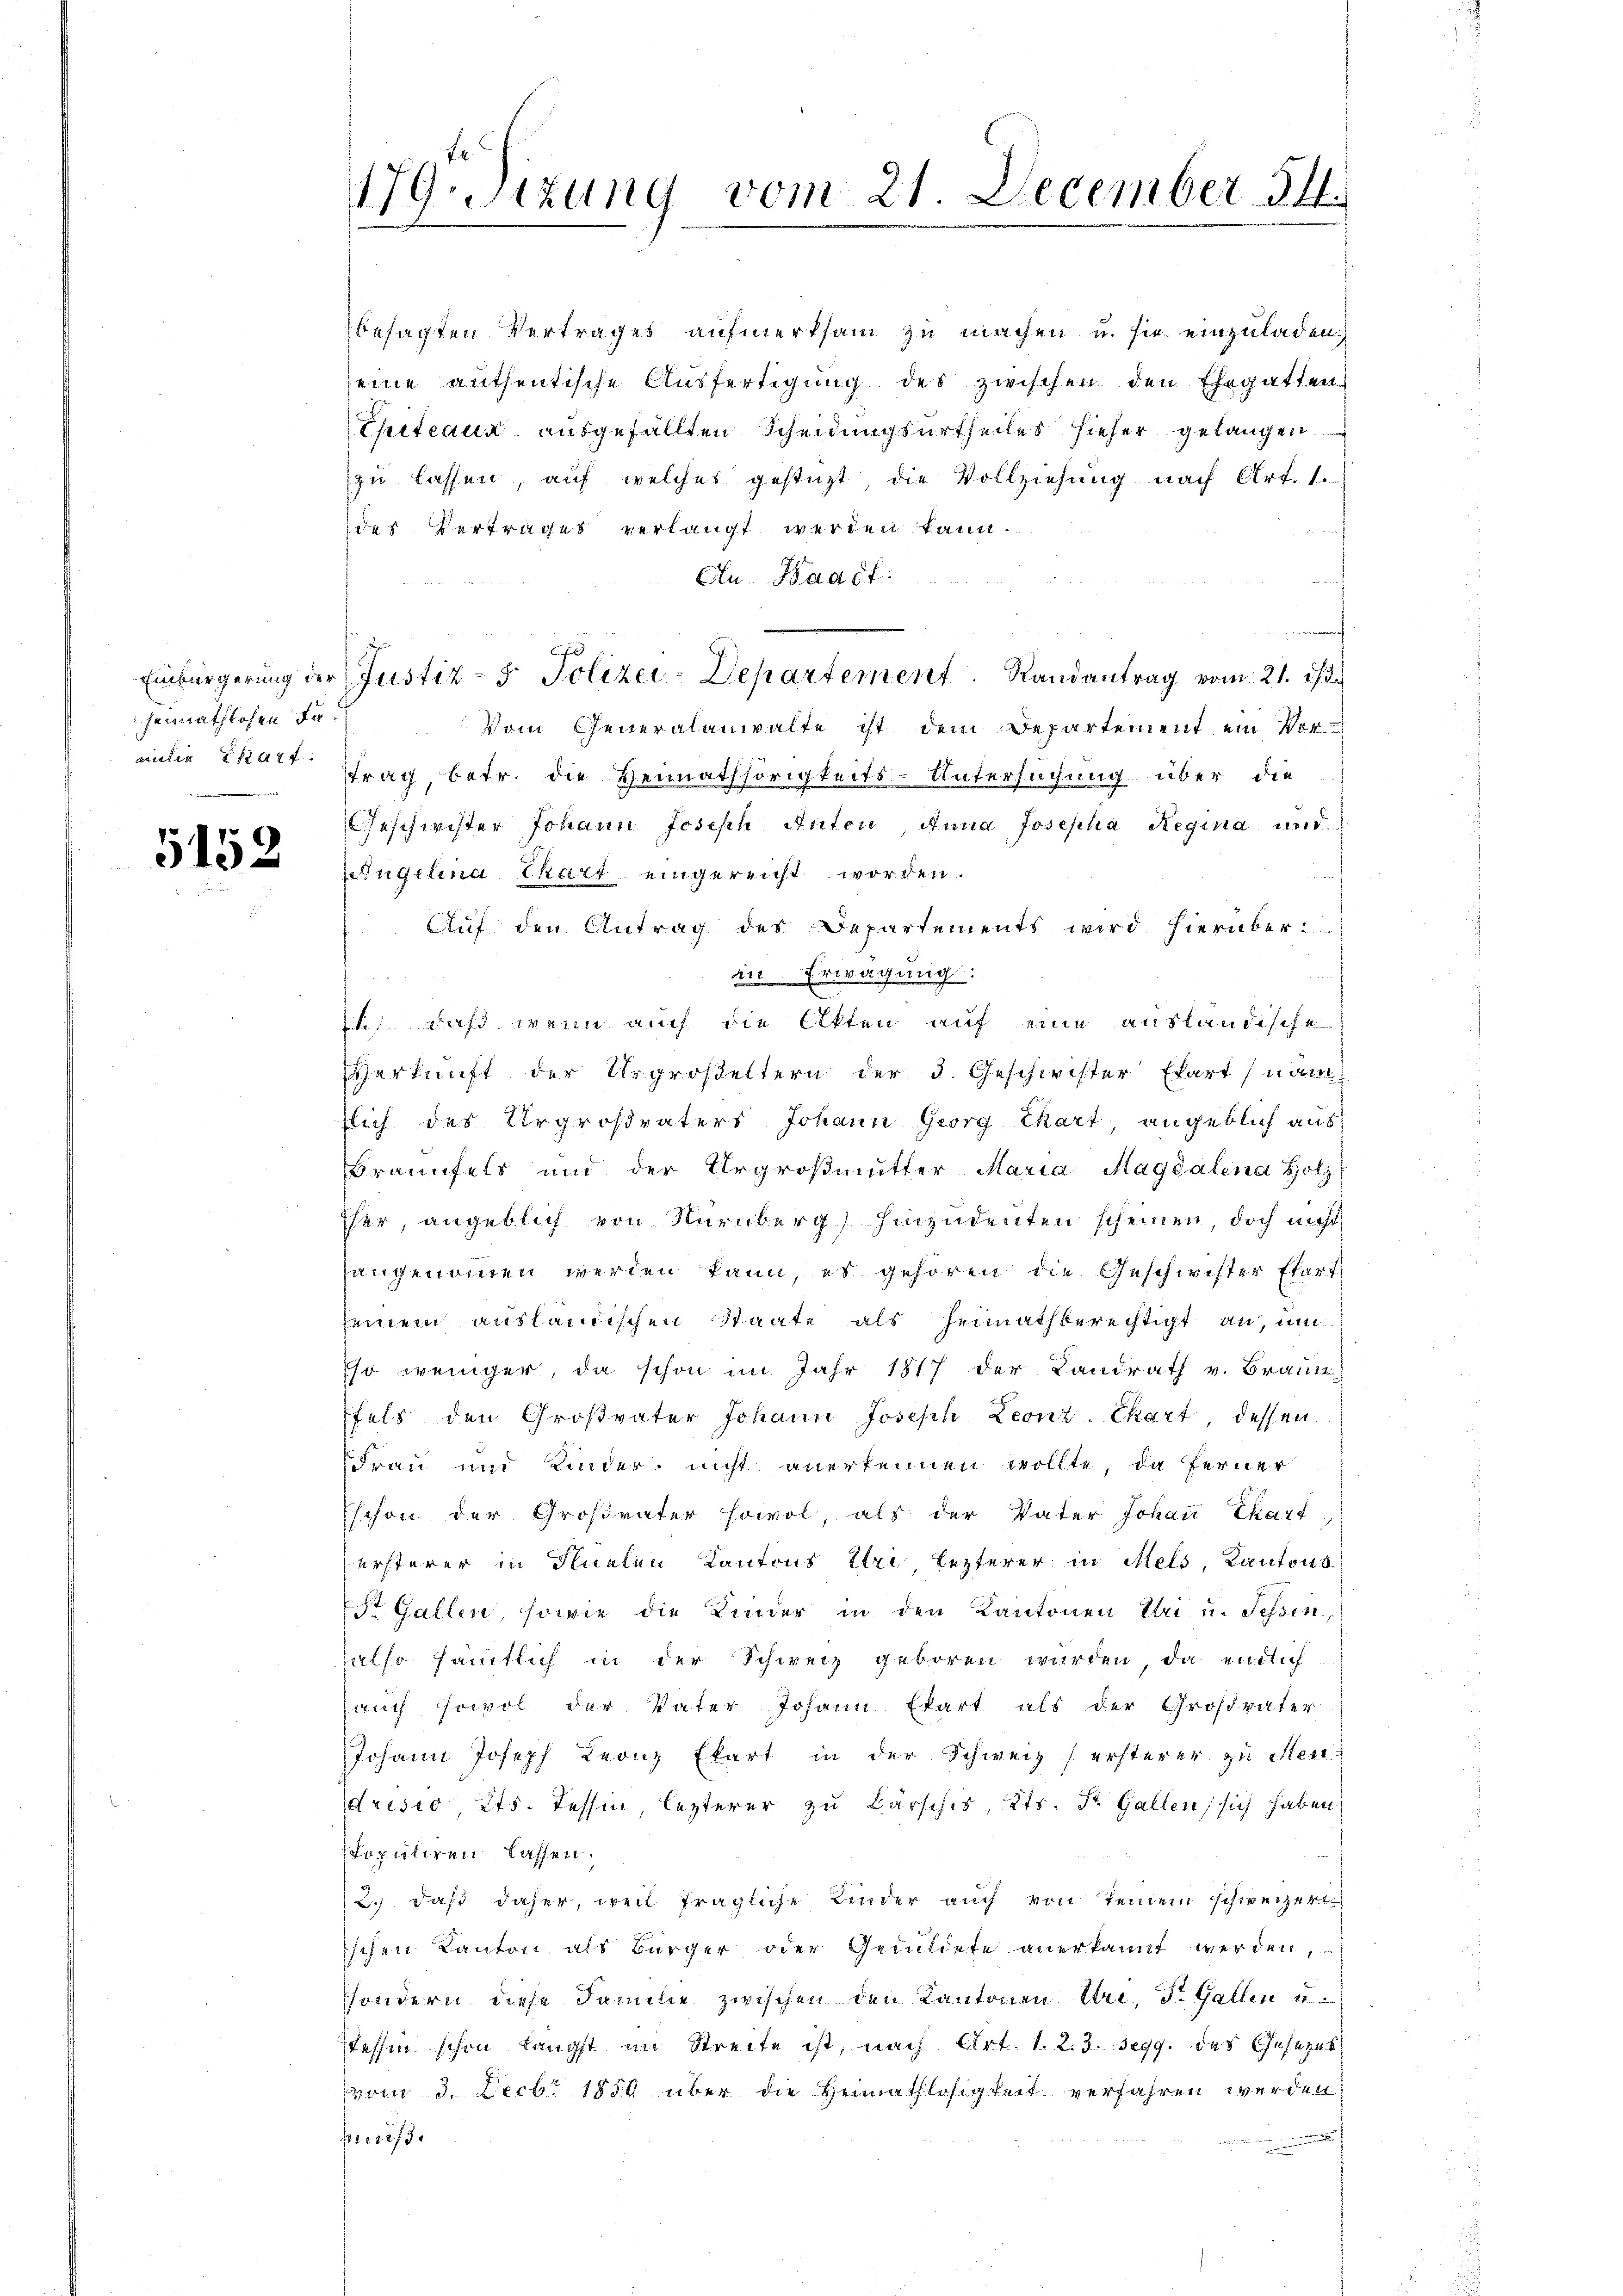
heimathlosen Fa¬

5152

zu lassen, auf welches gestüzt die Vollziehung nach Art. 1.
des Vertrages verlangt werden kann.
Cu. Waadt:
Vom Generalanwalte ist dem Departement ein Vor
milie chart trag, betr. die Heimathörigkeits-Untersuchung über die
Geschwister Johann Joseph Anton, Anna Josepha Regina und
Angelina Chart eingereicht worden.
Auf den Antrag des Departements wird hierüber
in Erwägung:
., daß wenn auch die Akten auf eine ausländische
erkunft der Urgroßeltern der 5. Geschwister Ehart (nam
slich des Urgroßvaters Johann Georg Chart, angeblich aus
Braunfels und der Urgroßmutter Maria Magdalena Holz
her, angeblich von Nürnberg) hinzudeuten scheinen, doch nicht
angenommen werden kann, es gehören die Geschwister Etart
seinem ausländischen Staate als Heimathberechtigt an, um
so weniger, da schon im Jahr 1817 der Landrath v. Braute
fels den Großvater Johann Joseph Leonz Chart, dessen
Frau und Kinder, nicht anerkennen wollte, da ferner
Eschon der Großvater sowol, als der Vater Johann Chart
ersterer in Flüelen Kantons Eri lezterer in Mels, Kantons
St. Gallen, sowie die Kinder in den Kantonen Uri u. Schin
also sämmtlich in der Schweiz geboren würden, da entlich
auch sowol der Vater Johann Ekart als der Großvater
Johann Joseph Leonz Ekart in der Schweiz (ersterer zu Mendrisio Kts. Tessin, lezterer zu Bärschis, Kts. St. Gallen, sich haben
populiren lassen.
2. daß daher, weil fragliche Kinder auch von keinem schweizert
ischen Kanton als Bürger oder Geduldete anerkannt werden,
ssondern diese Familie zwischen den Kantonen Uri, St. Gallen u
Tessin schon längst im Streite ist, nach Art. 1. 2. 3. Segg. des Gesezes
vom 3. Decbr 1859 über die Heimathlosigkeit verfahren werden.
n e f
1203.

79.Stzung vom 21. December 14.
1

besagten Vertrages aufmerksam zu machen u. sie einzuladen.
seine anthentische Ausfertigung des zwischen den Ehegatten
Epiteaux ausgefällten Scheidungsurtheiles hieher gelangen.

Einbürgerung der Justiz- & Polizei-Departement Randantrag vom 21. d. 3.